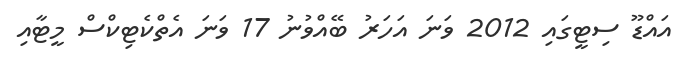
އައްޑޫ ސިޓީގައި 2012 ވަނަ އަހަރު ބޭއްވުނު 17 ވަަނަ އެތްކެޓިކްސް މީޓާއި